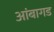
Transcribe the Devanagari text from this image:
आंबागड